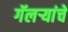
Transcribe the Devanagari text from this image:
गॅलऱ्यांचे